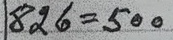
826 = 500